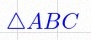
\triangle ABC